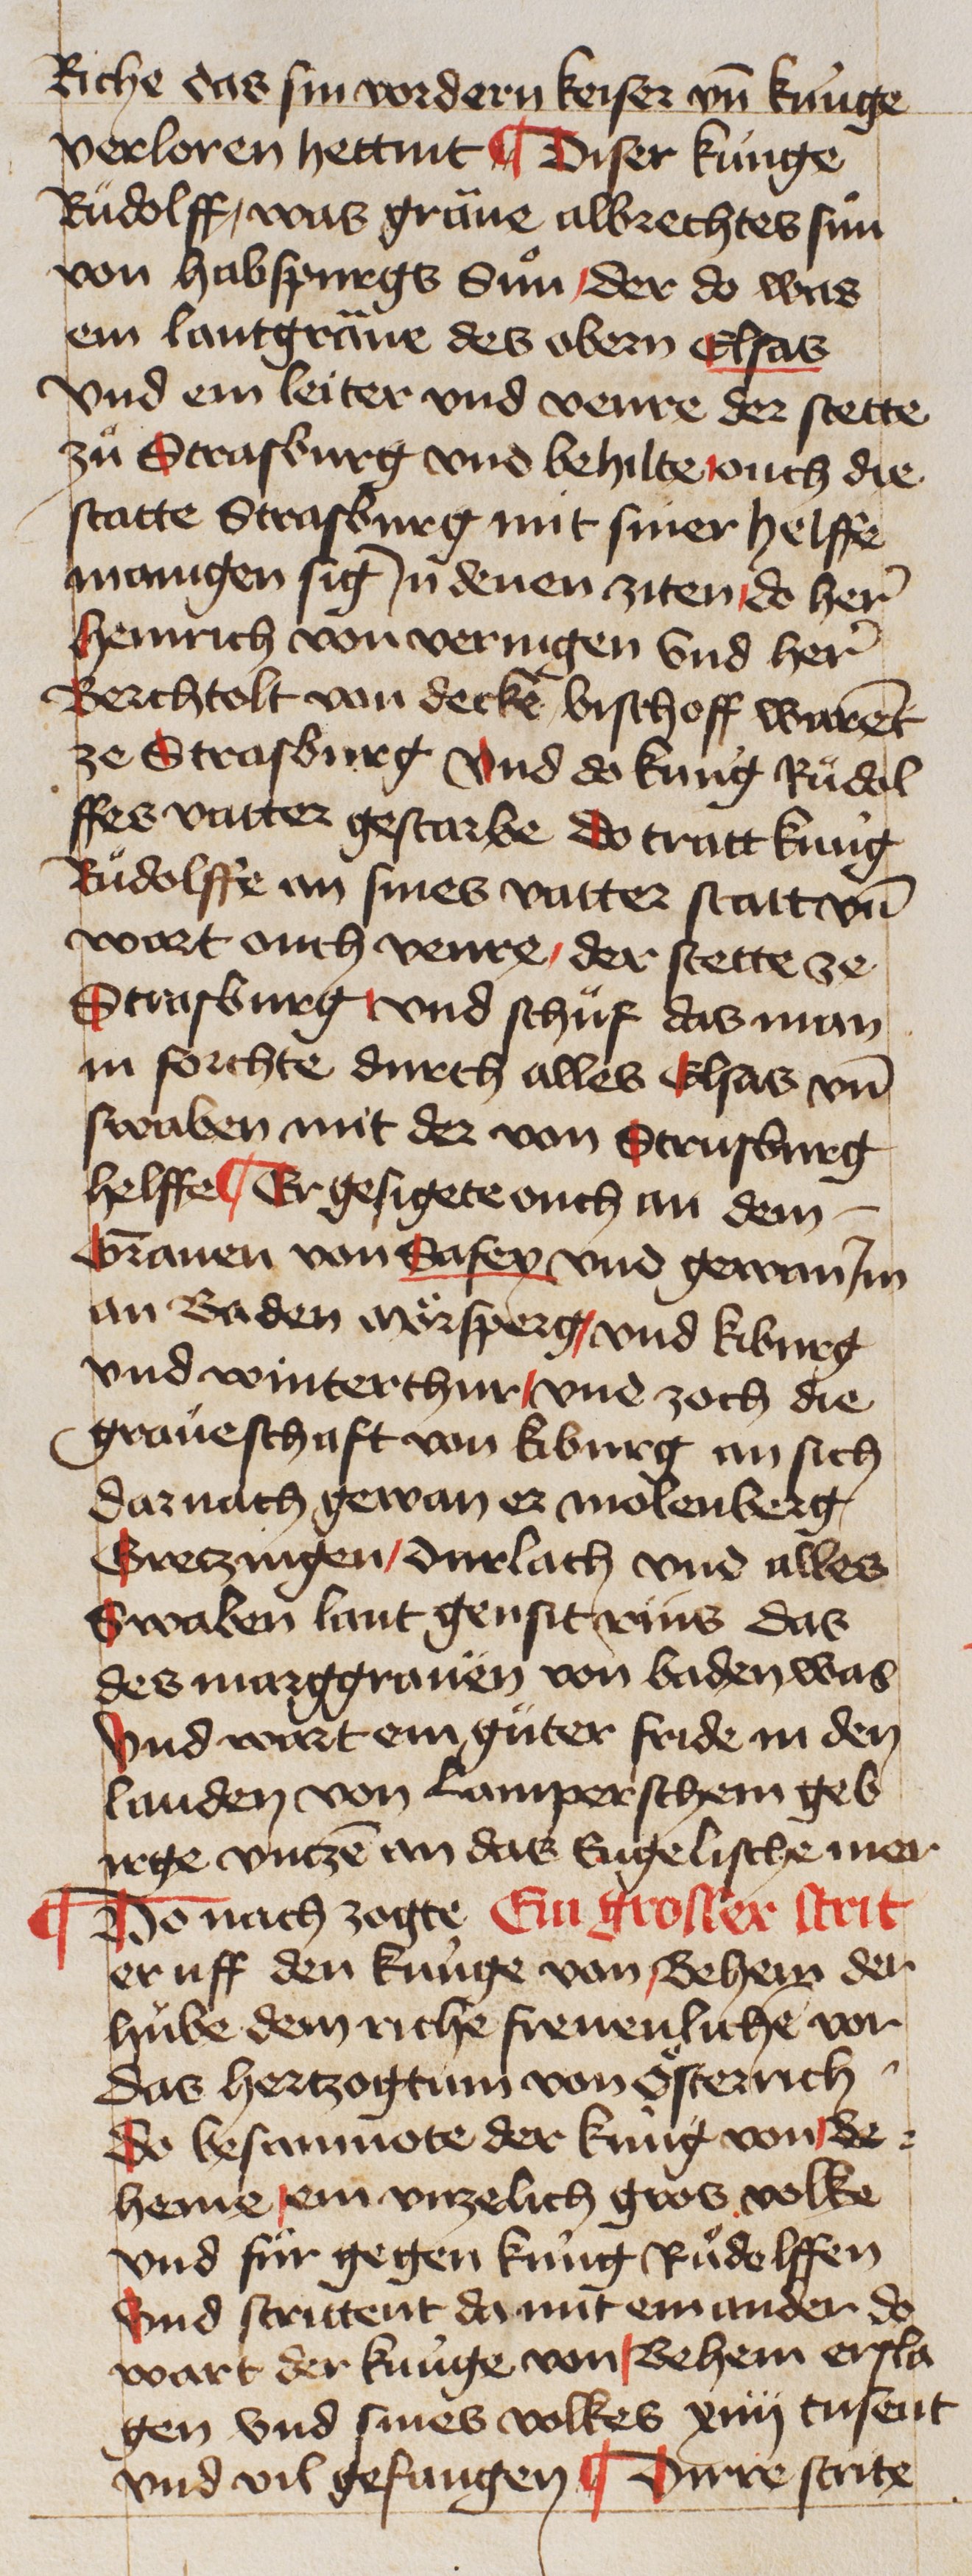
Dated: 1400–1449